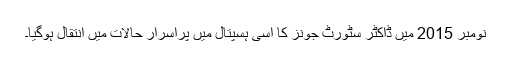
نومبر 2015 میں ڈاکٹر سٹورٹ جونز کا اسی ہسپتال میں پراسرار حالات میں انتقال ہوگیا۔